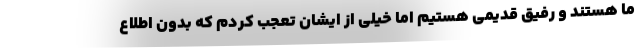
ما هستند و رفیق قدیمی هستیم اما خیلی از ایشان تعجب کردم که بدون اطلاع